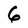
Character: 6